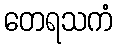
တေရသကံ